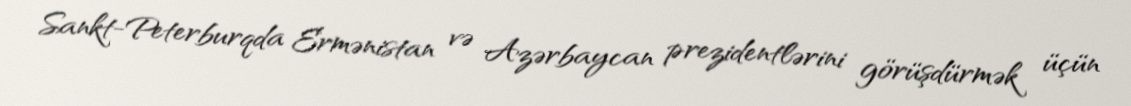
Sankt-Peterburqda Ermənistan və Azərbaycan prezidentlərini görüşdürmək üçün